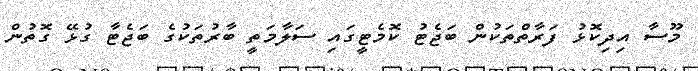
މޫސާ އިދިކޮޅު ފަރާތްތަކުން ބަޖެޓު ކޮމެޓީގައި ސަލާމަތީ ބާރުތަކުގެ ބަޖެޓާ ގުޅޭ ގޮތުން